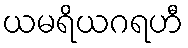
ယမရိယဂရဟီ